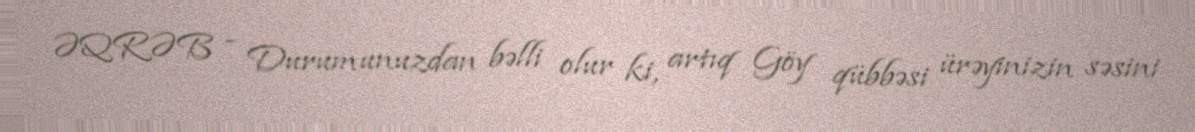
ƏQRƏB - Durumunuzdan bəlli olur ki, artıq Göy qübbəsi ürəyinizin səsini